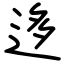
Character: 迻